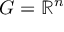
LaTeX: G = \mathbb { R } ^ { n }